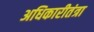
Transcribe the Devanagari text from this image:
अधिकारीतंत्रा